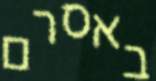
באסרם